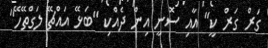
ގަރް ގަރް ކީ" އާއި ސޮނީ އިން ދެއްކި "ބަޅޭ އައްޗޭ ލަގްތޭހޭ"